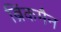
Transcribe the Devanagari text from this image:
ब्रिंकमैन